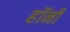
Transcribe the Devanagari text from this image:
हॉनी